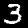
Digit: 3